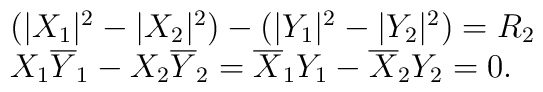
\begin{array}{lcr}(|X_1|^2-|X_2|^2)- (|Y_1|^2-|Y_2|^2)=R_2\\X_1\overline{Y}_1-X_2\overline{Y}_2=\overline{X}_1 Y_1-\overline{X}_2Y_2=0.\end{array}